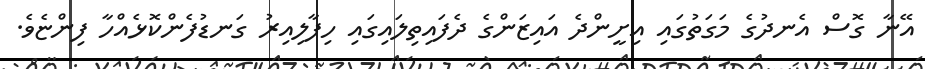
އޭނާ ގޮސް އެނދުގެ މަގަތުގައި އިށީންދެ އައިޒަންގެ ދެފައިތިލައިގައި ހިފާލިއިރު ގަނޑުފެންކޮޅެއްހާ ފިންޏެވެ.